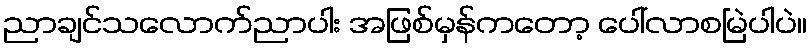
ညာချင်သလောက်ညာပါး အဖြစ်မှန်ကတော့ ပေါ်လာစမြဲပါပဲ။